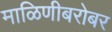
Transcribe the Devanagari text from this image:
माळिणीबरोबर